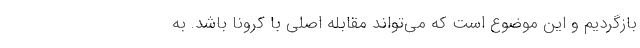
بازگردیم و این موضوع است که می‌تواند مقابله اصلی با کرونا باشد. به